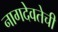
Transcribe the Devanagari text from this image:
नागदेवतेची